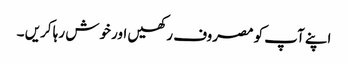
اپنے آپ کو مصروف رکھیں اور خوش رہا کریں ۔